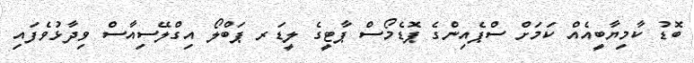
ބޮޑު ކާމިޔާބީއެއް ކަމަށް ސްޕެއިންގެ ޕޮޑެމޯސް ޕާޓީގެ ލީޑަރ ޕަބްލޯ އިގްލޭސިއާސް ވިދާޅުވެފައި